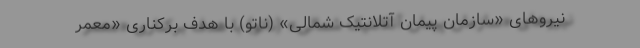
نیروهای «سازمان پیمان آتلانتیک شمالی» (ناتو) با هدف برکناری «معمر